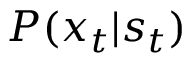
\textstyle P ( x _ { t } | s _ { t } )